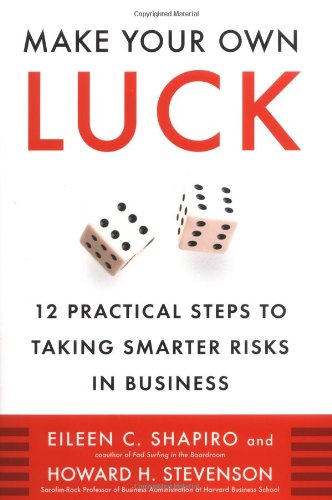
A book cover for Make Your Own Luck: 12 Practical Steps to Taking Smarter Risks in Business; Eileen Shapiro; Health, Fitness & Dieting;